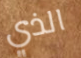
الذي